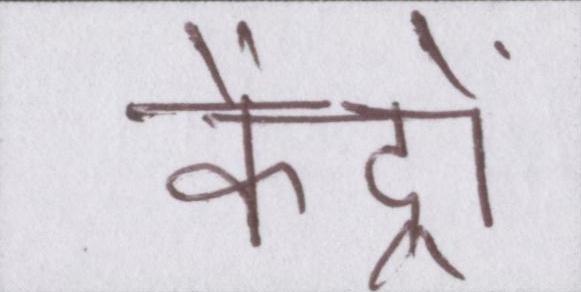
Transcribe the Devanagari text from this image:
केंद्रों